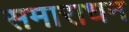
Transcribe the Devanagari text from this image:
समाराधन